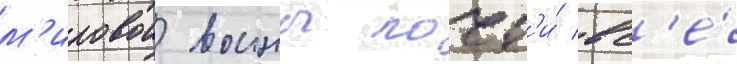
м'ировои воины почт'и́ вс'е́